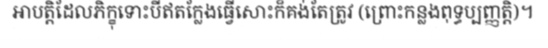
អាបត្តិដែលភិក្ខុទោះបីឥតក្លែងធ្វើសោះក៏គង់តែត្រូវ (ព្រោះកន្លងពុទ្ធប្បញ្ញត្តិ)។